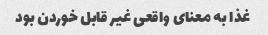
غذا به معنای واقعی غیر قابل خوردن بود